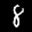
Label: 8